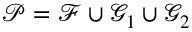
\mathcal { P } = \mathcal { F } \cup \mathcal { G } _ { 1 } \cup \mathcal { G } _ { 2 }